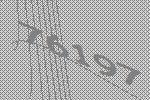
76197